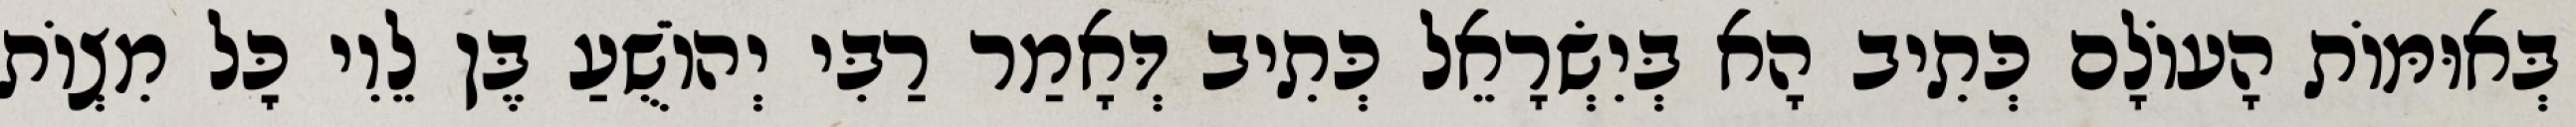
בְּאוּמּוֹת הָעוֹלָם כְּתִיב הָא בְּיִשְׂרָאֵל כְּתִיב דְּאָמַר רַבִּי יְהוֹשֻׁעַ בֶּן לֵוִי כׇּל מִצְוֹת